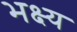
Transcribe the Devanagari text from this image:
भक्ष्‍य